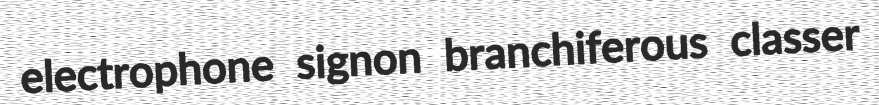
electrophone signon branchiferous classer